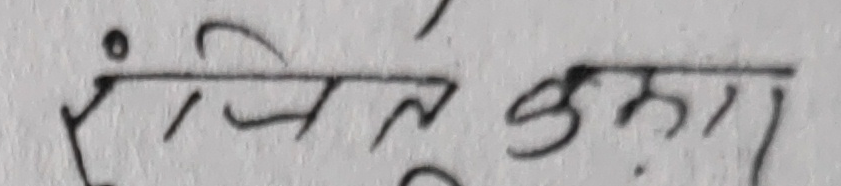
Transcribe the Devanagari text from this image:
रंजितकृमा